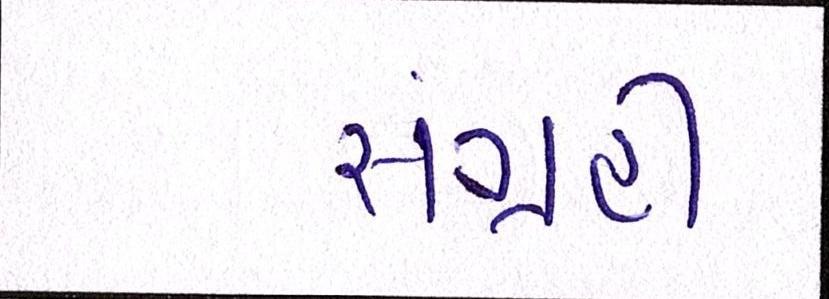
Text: સંગ્રહી